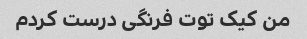
من کیک توت فرنگی درست کردم